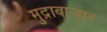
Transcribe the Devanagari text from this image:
मुद्राबाजार